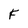
Character: F